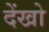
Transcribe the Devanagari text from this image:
देंखो